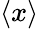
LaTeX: \left\langle x\right\rangle